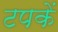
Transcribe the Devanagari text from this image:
टपकें